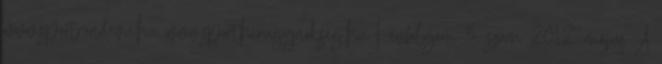
www.sportrandevu.hu www.sporthirugynokseg.hu I. évfolyam 3. szám 2012. május A